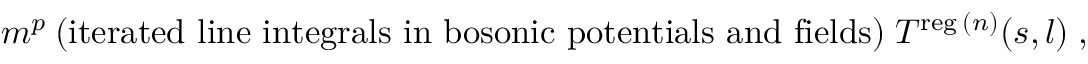
m ^ { p } \: { \mathrm { ( i t e r a t e d ~ l i n e ~ i n t e g r a l s ~ i n ~ b o s o n i c ~ p o t e n t i a l s ~ a n d ~ f i e l d s ) } } \; T ^ { \mathrm { \scriptsize { r e g } } \: ( n ) } ( s , l ) \; ,